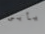
يأبى